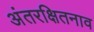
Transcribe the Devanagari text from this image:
अंतरक्षितनाव